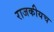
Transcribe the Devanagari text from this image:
राजकीयच